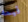
قيمه